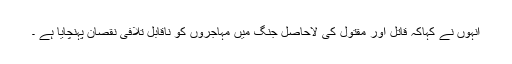
انہوں نے کہاکہ قاتل اور مقتول کی لاحاصل جنگ میں مہاجروں کو ناقابل تلافی نقصان پہنچایا ہے ۔